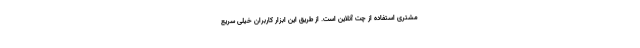
مشتری استفاده از چت آنلاین است. از طریق این ابزار کاربران خیلی سریع